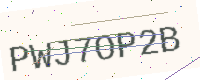
Text: PWJ7OP2B